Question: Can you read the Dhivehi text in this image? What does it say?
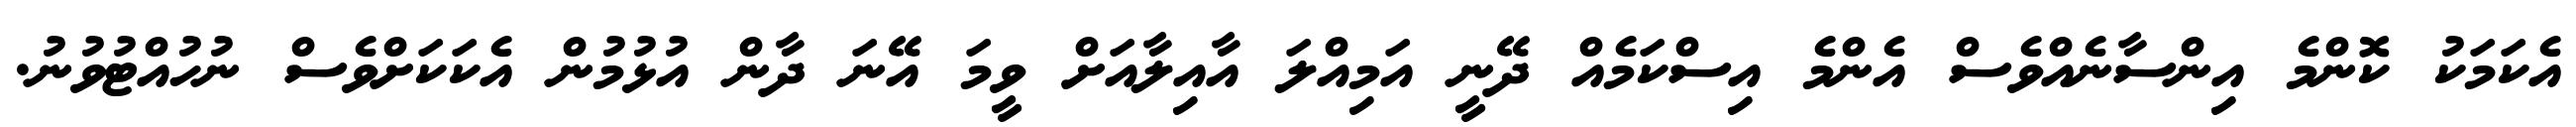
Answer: އެކަމަކު ކޮންމެ އިންސާނެއްވެސް އެންމެ އިސްކަމެއް ދޭނީ އަމިއްލަ އާއިލާއަށް ވީމަ އޭނަ ދާން އުޅުމުން އެކަކަށްވެސް ނުހުއްޓުވުނު.